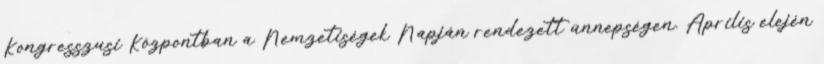
Kongresszusi Központban a Nemzetiségek Napján rendezett ünnepségen. Április elején